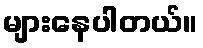
များနေပါတယ်။